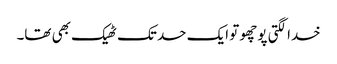
خدا لگتی پوچھو تو ایک حد تک ٹھیک بھی تھا۔